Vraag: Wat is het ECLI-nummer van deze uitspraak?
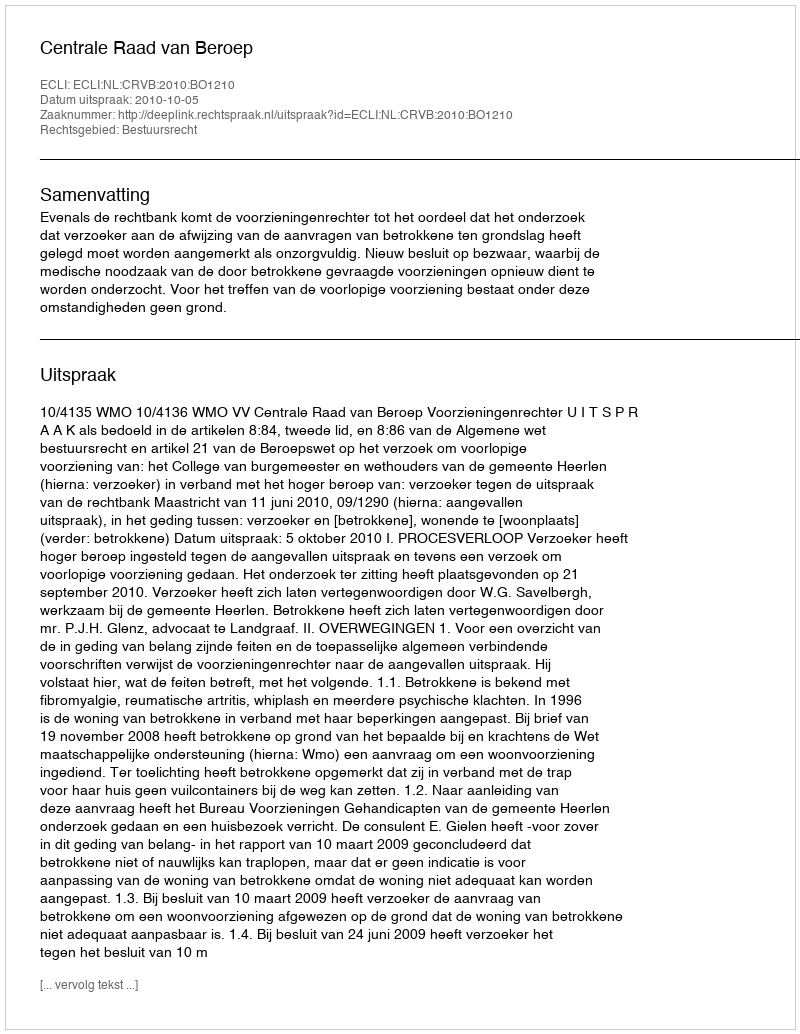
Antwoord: ECLI:NL:CRVB:2010:BO1210